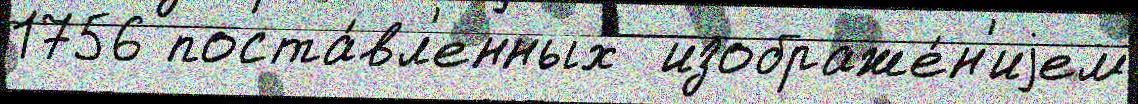
1756 поста́вл'енных  изображе́н'иjем